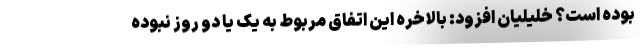
بوده است؟ خلیلیان افزود: بالاخره این اتفاق مربوط به یک یا دو روز نبوده